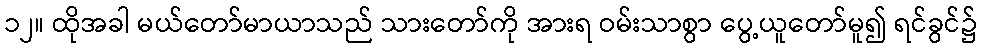
၁၂။ ထိုအခါ မယ်တော်မာယာသည် သားတော်ကို အားရ ဝမ်းသာစွာ ပွေ့ယူတော်မူ၍ ရင်ခွင်၌